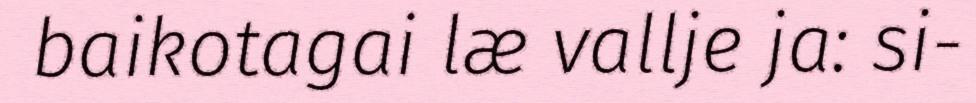
baikotagai læ vallje ja: si-